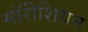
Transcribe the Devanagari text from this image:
मॉरीशियन